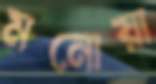
মনোয়া